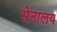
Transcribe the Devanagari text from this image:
सेनालय